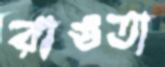
রাঙতা